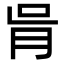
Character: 𦙃